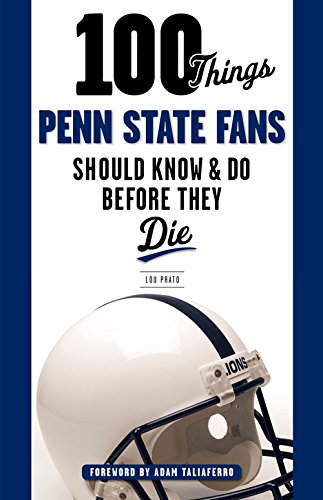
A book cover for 100 Things Penn State Fans Should Know & Do Before They Die (100 Things...Fans Should Know); Lou Prato; Sports & Outdoors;